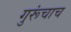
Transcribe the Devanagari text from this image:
गुरूंचाच